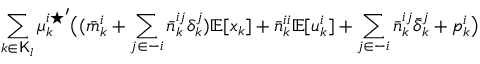
\sum _ { k \in \mathsf { K } _ { l } } { \mu _ { k } ^ { i \star } } ^ { \prime } \big ( ( \bar { m } _ { k } ^ { i } + \sum _ { j \in - i } \bar { n } _ { k } ^ { i j } \delta _ { k } ^ { j } ) \mathbb { E } [ x _ { k } ] + \bar { n } _ { k } ^ { i i } \mathbb { E } [ u _ { k } ^ { i } ] + \sum _ { j \in - i } \bar { n } _ { k } ^ { i j } \bar { \delta } _ { k } ^ { j } + p _ { k } ^ { i } \big )